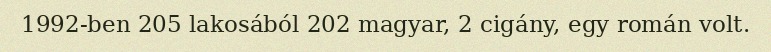
1992-ben 205 lakosából 202 magyar, 2 cigány, egy román volt.